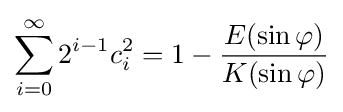
\sum _{i=0}^{\infty }2^{i-1}c_{i}^{2}=1-{E(\sin \varphi ) \over K(\sin \varphi )}